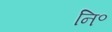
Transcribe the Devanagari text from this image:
नि॰